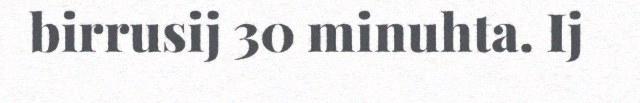
birrusij 30 minuhta. Ij